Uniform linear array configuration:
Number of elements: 4
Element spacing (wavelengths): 1
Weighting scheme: kaiser
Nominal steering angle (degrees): -60
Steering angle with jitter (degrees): -59.152
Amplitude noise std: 0.05
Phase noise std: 0.05

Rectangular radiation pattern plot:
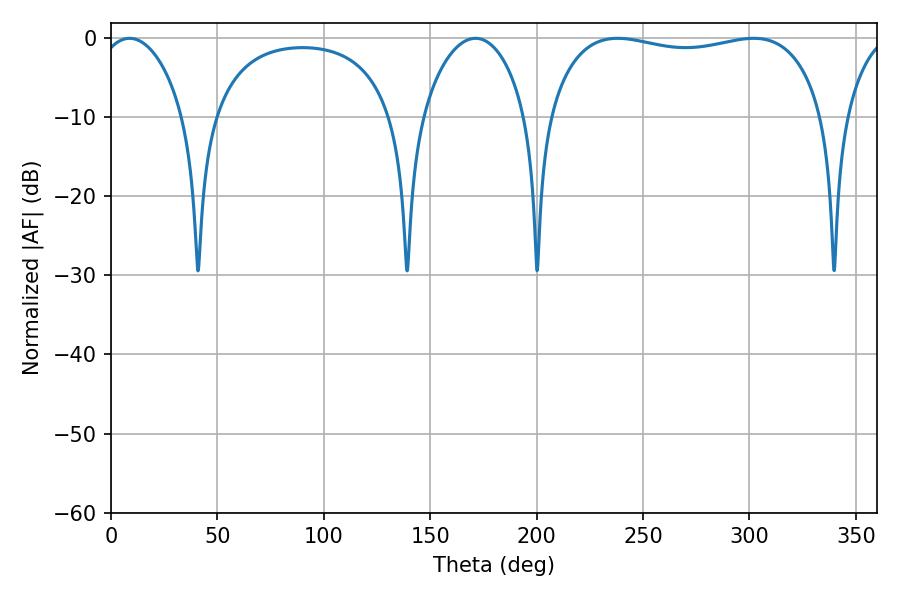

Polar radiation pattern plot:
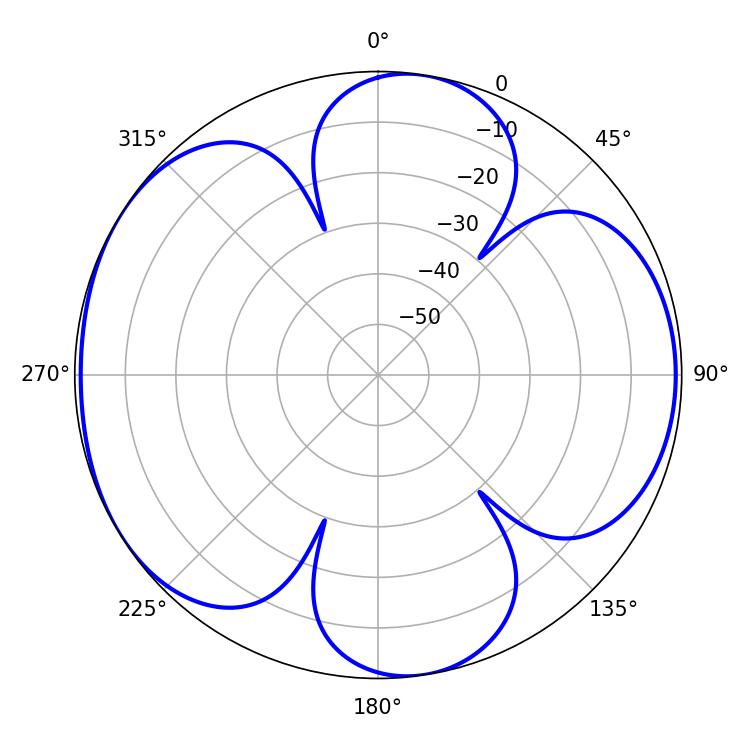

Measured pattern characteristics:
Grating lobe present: TRUE
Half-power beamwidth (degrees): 104.76
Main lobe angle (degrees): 237.96